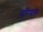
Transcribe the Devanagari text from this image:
परिग्राह